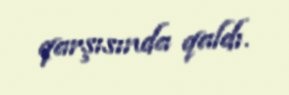
qarşısında qaldı.